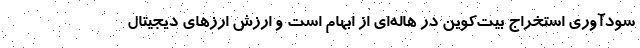
سودآوری استخراج بیت‌کوین در هاله‌ای از ابهام است و ارزش ارزهای دیجیتال